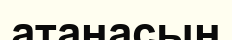
атанасын